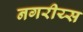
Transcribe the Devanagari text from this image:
नगरीय्स